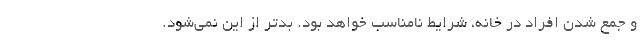
و جمع شدن افراد در خانه، شرایط نامناسب خواهد بود. بدتر از این نمی‌شود.